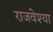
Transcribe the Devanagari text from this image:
राजवेश्या